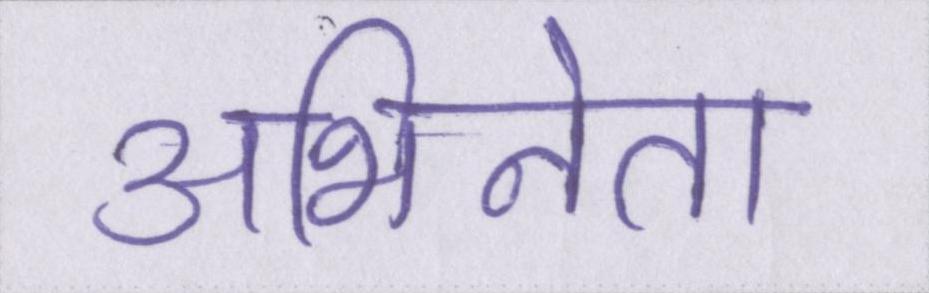
अभिनेता